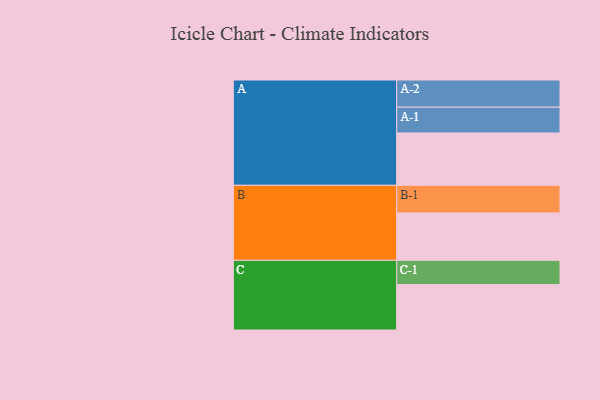
{"axis": {"x": "Segment", "y": "Value"}, "legend": ["", "A", "B", "C"], "data": [{"x": "A", "y": 565, "type": ""}, {"x": "B", "y": 512, "type": ""}, {"x": "C", "y": 490, "type": ""}, {"x": "A-1", "y": 279, "type": "A"}, {"x": "A-2", "y": 293, "type": "A"}, {"x": "B-1", "y": 298, "type": "B"}, {"x": "C-1", "y": 262, "type": "C"}]}